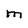
Character: M